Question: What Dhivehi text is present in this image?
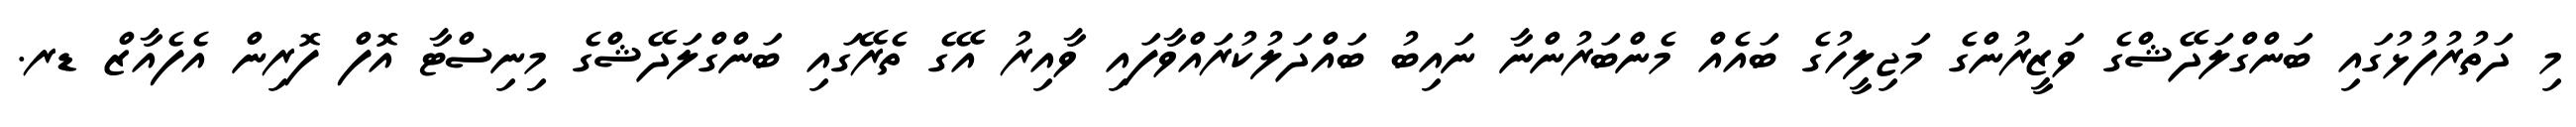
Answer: މި ދަތުރުފުޅުގައި ބަންގްލަދޭޝްގެ ވަޒީރުންގެ މަޖިލީހުގެ ބައެއް މެންބަރުންނާ ނައިބު ބައްދަލުކުރައްވާފައި ވާއިރު އޭގެ ތެރޭގައި ބަންގްލަދޭޝްގެ މިނިސްޓާ އޮފް ފޮރިން އެފެއާޒް ޑރ.